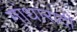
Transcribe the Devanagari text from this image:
गांधारादी